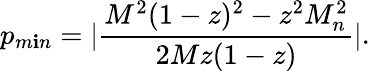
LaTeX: p_{m\mathbf{i}n}=|\frac{{M^{2}(1-z)^{2}-z^{2}M_{n}^{2}}}{{2Mz(1-z)}}|.